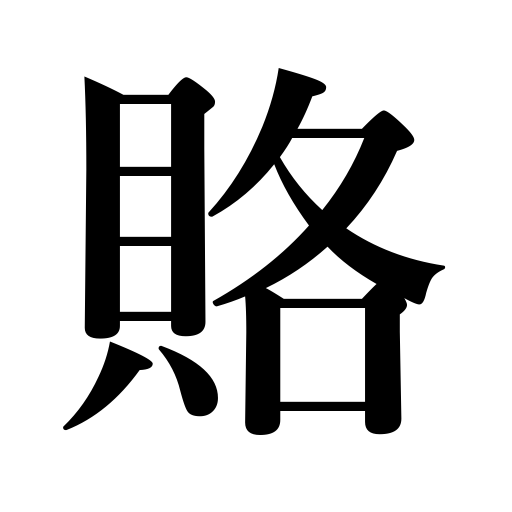
Meanings: bribe